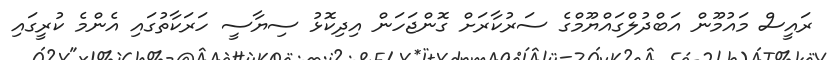
ރައީސް މައުމޫން އަބްދުލްގައްޔޫމްގެ ސަރުކާރަށް ގޮންޖަހަން އިދިކޮޅު ސިޔާސީ ހަރަކާތުގައި އެންމެ ކުރީގައި